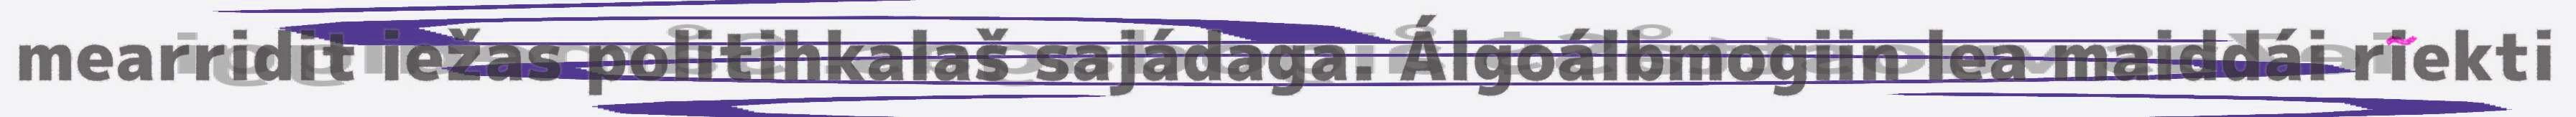
mearridit iežas politihkalaš sajádaga. Álgoálbmogiin lea maiddái riekti